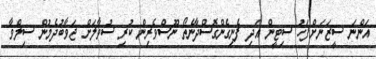
އަންނަ ސީޒަނަށްފަހު ސިޓީން އަދި ފެނިގެންގޮސްދާނެތޯ ނޫސްވެރިން ކުރި ސުވާލަށް ޖަވާބުދެމުން ސިލްވާ